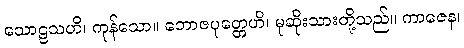
သောဠသဟိ၊ ကုန်သော။ ဘောဇပုတ္တေဟိ၊ မုဆိုးသားတို့သည်။ ကာဇေန၊